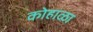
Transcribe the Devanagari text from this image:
कोहाळा